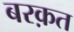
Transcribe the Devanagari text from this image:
बरक़त